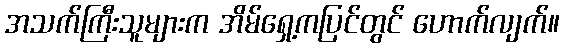
အသက်ကြီးသူများက အိမ်ရှေ့ကပြင်တွင် ဟောက်လျက်။